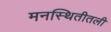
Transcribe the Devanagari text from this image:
मनस्थितीतली